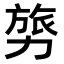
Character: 𭄸